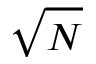
\sqrt { N }